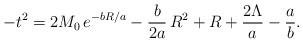
LaTeX: \begin{align*}-t^2=2M_0\, e^{-bR/a} - {b\over 2a}\,R^2 + R + {2\Lambda\over a} - {a\over b}.\end{align*}